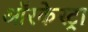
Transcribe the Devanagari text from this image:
ऑरकेस्ट्रा